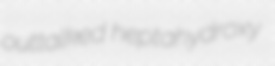
outtalked heptahydroxy